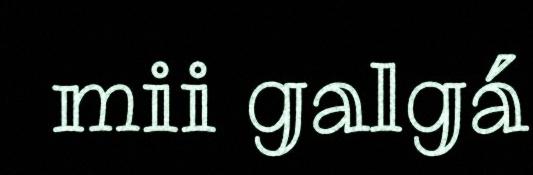
mii galgá